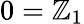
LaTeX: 0=\mathbb{Z}_{1}